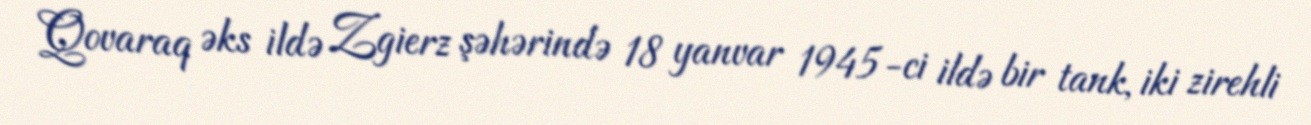
Qovaraq əks ildə Zgierz şəhərində 18 yanvar 1945-ci ildə bir tank, iki zirehli